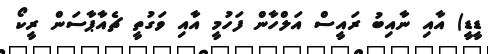
ޑީޑީ) އާއި ނާއިބު ރައީސް އަލްހާން ފަހުމީ އާއި ވަގުތީ ޗެއާޕާސަން ރީކޯ